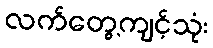
လက်တွေ့ကျင့်သုံး